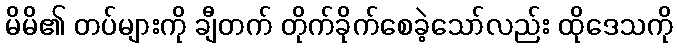
မိမိ၏ တပ်များကို ချီတက် တိုက်ခိုက်စေခဲ့သော်လည်း ထိုဒေသကို